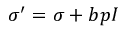
\boldsymbol { \sigma } ^ { \prime } = \boldsymbol { \sigma } + b p \boldsymbol { I }